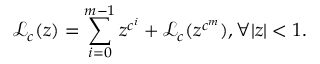
{ \mathcal { L } } _ { c } ( z ) = \sum _ { i = 0 } ^ { m - 1 } z ^ { c ^ { i } } + { \mathcal { L } } _ { c } ( z ^ { c ^ { m } } ) , \forall | z | < 1 .